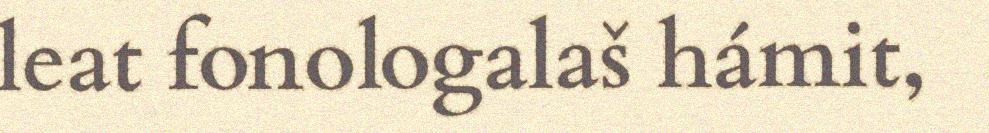
leat fonologalaš hámit,